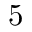
5